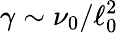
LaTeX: \gamma\sim\nu_{0}/\ell_{0}^{2}